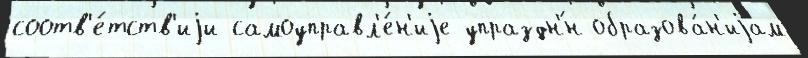
соотв'е́тств'иjи самоуправл'е́н'иjе упраздн'́н образова́н'иjам